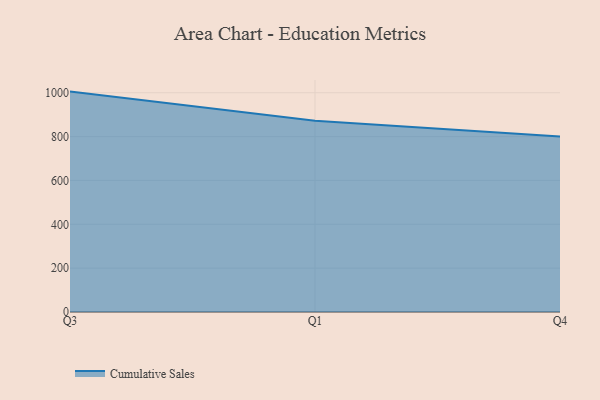
{"axis": {"x": "Quarter", "y": "Website Visitors"}, "legend": ["Cumulative Sales"], "data": [{"x": "Q3", "y": 1005.2, "type": "Cumulative Sales"}, {"x": "Q1", "y": 872.1, "type": "Cumulative Sales"}, {"x": "Q4", "y": 800, "type": "Cumulative Sales"}]}